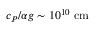
c _ { P } / \alpha g \sim 1 0 ^ { 1 0 } ~ \mathrm { c m }